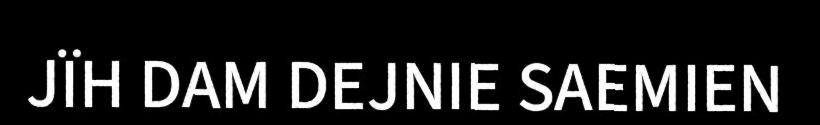
JÏH DAM DEJNIE SAEMIEN